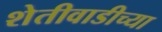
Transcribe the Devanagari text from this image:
शेतीवाडीच्या